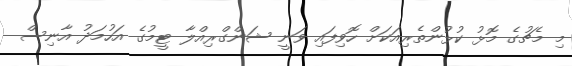
މި މެޗުގެ މޮޅު ކުޅުންތެރިއަކަށް ހޮވިފައި ވަނީ ޝަންގްރިއްލާ ޓީމުގެ އަހުމަދު އާނިސް